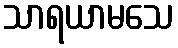
သာရယာမသေ